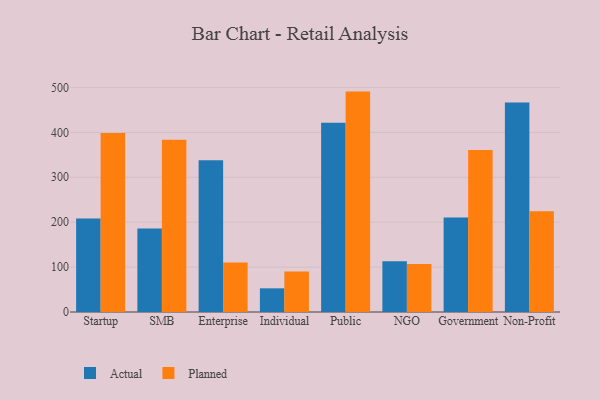
{"axis": {"x": "Segment", "y": "Population (Million)"}, "legend": ["Actual", "Planned"], "data": [{"x": "Startup", "y": 208.3, "type": "Actual"}, {"x": "Startup", "y": 398.7, "type": "Planned"}, {"x": "SMB", "y": 185.8, "type": "Actual"}, {"x": "SMB", "y": 383.6, "type": "Planned"}, {"x": "Enterprise", "y": 338.2, "type": "Actual"}, {"x": "Enterprise", "y": 110.2, "type": "Planned"}, {"x": "Individual", "y": 52.7, "type": "Actual"}, {"x": "Individual", "y": 90.0, "type": "Planned"}, {"x": "Public", "y": 421.2, "type": "Actual"}, {"x": "Public", "y": 490.8, "type": "Planned"}, {"x": "NGO", "y": 113.0, "type": "Actual"}, {"x": "NGO", "y": 106.7, "type": "Planned"}, {"x": "Government", "y": 210.2, "type": "Actual"}, {"x": "Government", "y": 360.8, "type": "Planned"}, {"x": "Non-Profit", "y": 466.4, "type": "Actual"}, {"x": "Non-Profit", "y": 224.2, "type": "Planned"}]}